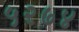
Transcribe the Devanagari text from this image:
५२७४